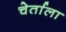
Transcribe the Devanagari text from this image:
चेर्ताला